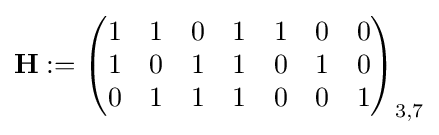
\mathbf {H} :={\begin{pmatrix}1&1&0&1&1&0&0\\1&0&1&1&0&1&0\\0&1&1&1&0&0&1\end{pmatrix}}_{3,7}